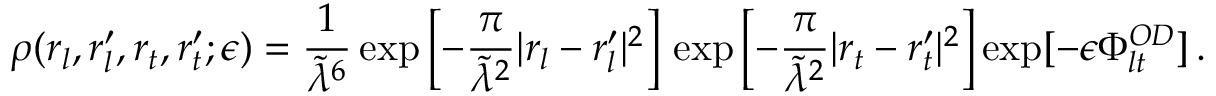
\rho ( r _ { l } , r _ { l } ^ { \prime } , r _ { t } , r _ { t } ^ { \prime } ; \epsilon ) = \frac { 1 } { \tilde { \lambda } ^ { 6 } } \exp \left[ - \frac { \pi } { \tilde { \lambda } ^ { 2 } } | r _ { l } - r _ { l } ^ { \prime } | ^ { 2 } \right] \, \exp \left[ - \frac { \pi } { \tilde { \lambda } ^ { 2 } } | r _ { t } - r _ { t } ^ { \prime } | ^ { 2 } \right] \exp [ - \epsilon \Phi _ { l t } ^ { O D } ] \, .